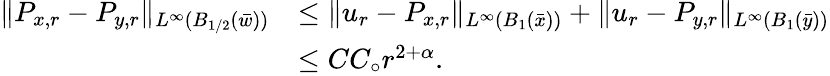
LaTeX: \begin{array}{rl}{\| P_{x,r}-P_{y,r}\| _{L^{\infty}(B_{1/2}(\bar{w}))}}&{\leq\| u_{r}-P_{x,r}\| _{L^{\infty}(B_{1}(\bar{x}))}+\| u_{r}-P_{y,r}\| _{L^{\infty}(B_{1}(\bar{y}))}}\\ &{\leq CC_{\circ}r^{2+\alpha}.}\end{array}